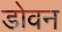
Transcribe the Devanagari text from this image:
डोवन